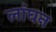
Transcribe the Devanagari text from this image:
लांघन